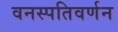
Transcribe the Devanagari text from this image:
वनस्पतिवर्णन